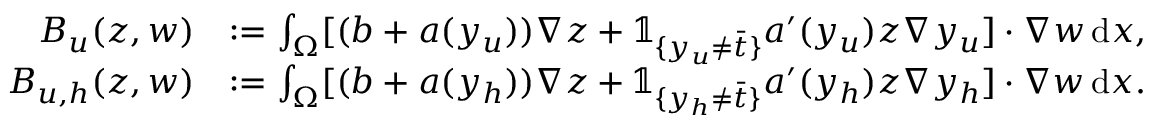
\begin{array} { r l } { B _ { u } ( z , w ) } & { : = \int _ { \Omega } [ ( b + a ( y _ { u } ) ) \nabla z + \mathbb { 1 } _ { \{ y _ { u } \neq \bar { t } \} } a ^ { \prime } ( y _ { u } ) z \nabla y _ { u } ] \cdot \nabla w \, \mathrm { d } x , } \\ { B _ { u , h } ( z , w ) } & { : = \int _ { \Omega } [ ( b + a ( y _ { h } ) ) \nabla z + \mathbb { 1 } _ { \{ y _ { h } \neq \bar { t } \} } a ^ { \prime } ( y _ { h } ) z \nabla y _ { h } ] \cdot \nabla w \, \mathrm { d } x . } \end{array}